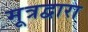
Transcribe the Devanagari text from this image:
मूत्रद्वारा